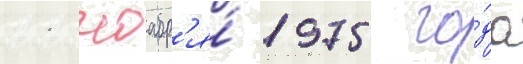
11 ноабр'я́ 1975 го́да